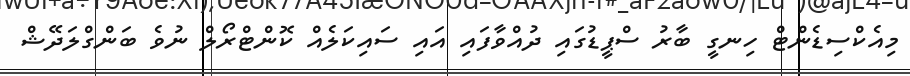
މިއެކްސިޑެންޓް ހިނގީ ބާރު ސްޕީޑުގައި ދުއްވާފައި އައި ސައިކަލެއް ކޮންޓްރޯލް ނުވެ ބަންގްލަދޭޝް